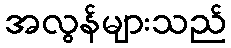
အလွန်များသည်